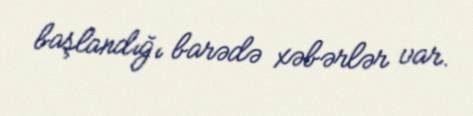
başlandığı barədə xəbərlər var.